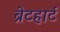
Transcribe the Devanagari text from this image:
ब्रेटहार्ट